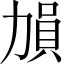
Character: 𠢋